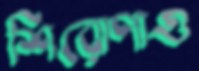
শিরোপাও